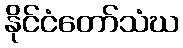
နိုင်ငံတော်သံဃ